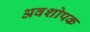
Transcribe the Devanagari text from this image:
अवशोपक